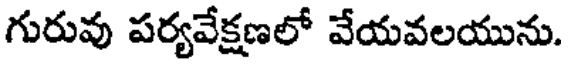
గురువు పర్యవేక్షణలో వేయవలయును.